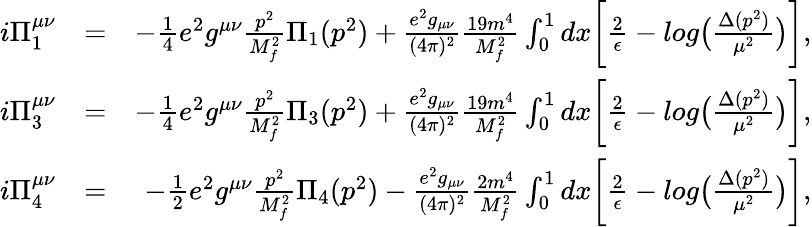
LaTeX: \begin{array}{rlr}{i\Pi_{1}^{\mu\nu}}&{=}&{-\frac{1}{4}e^{2}g^{\mu\nu}\frac{p^{2}}{M_{f}^{2}}\Pi_{1}(p^{2})+\frac{e^{2}g_{\mu\nu}}{(4\pi)^{2}}\frac{19m^{4}}{M_{f}^{2}}\int_{0}^{1}dx\biggl[\frac{2}{\epsilon}-log\bigl(\frac{\Delta(p^{2})}{\mu^{2}}\bigr)\biggr],}\\ {i\Pi_{3}^{\mu\nu}}&{=}&{-\frac{1}{4}e^{2}g^{\mu\nu}\frac{p^{2}}{M_{f}^{2}}\Pi_{3}(p^{2})+\frac{e^{2}g_{\mu\nu}}{(4\pi)^{2}}\frac{19m^{4}}{M_{f}^{2}}\int_{0}^{1}dx\biggl[\frac{2}{\epsilon}-log\bigl(\frac{\Delta(p^{2})}{\mu^{2}}\bigr)\biggr],}\\ {i\Pi_{4}^{\mu\nu}}&{=}&{-\frac{1}{2}e^{2}g^{\mu\nu}\frac{p^{2}}{M_{f}^{2}}\Pi_{4}(p^{2})-\frac{e^{2}g_{\mu\nu}}{(4\pi)^{2}}\frac{2m^{4}}{M_{f}^{2}}\int_{0}^{1}dx\biggl[\frac{2}{\epsilon}-log\bigl(\frac{\Delta(p^{2})}{\mu^{2}}\bigr)\biggr],}\end{array}